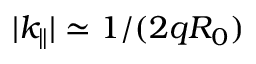
\lvert k _ { \parallel } \rvert \simeq 1 / ( 2 q R _ { 0 } )